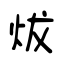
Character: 炦